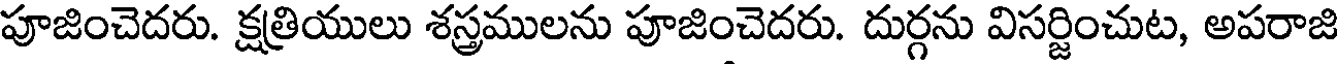
పూజించెదరు. క్షత్రియులు శస్త్రములను పూజించెదరు. దుర్గను విసర్జించుట, అపరాజి